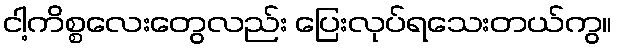
ငါ့ကိစ္စလေးတွေလည်း ပြေးလုပ်ရသေးတယ်ကွ။